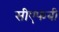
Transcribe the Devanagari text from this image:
सीएफबी